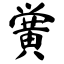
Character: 黉